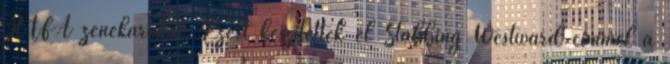
HTFA zenekarokat. Ezért készítették el Stabbing Westward címmel a